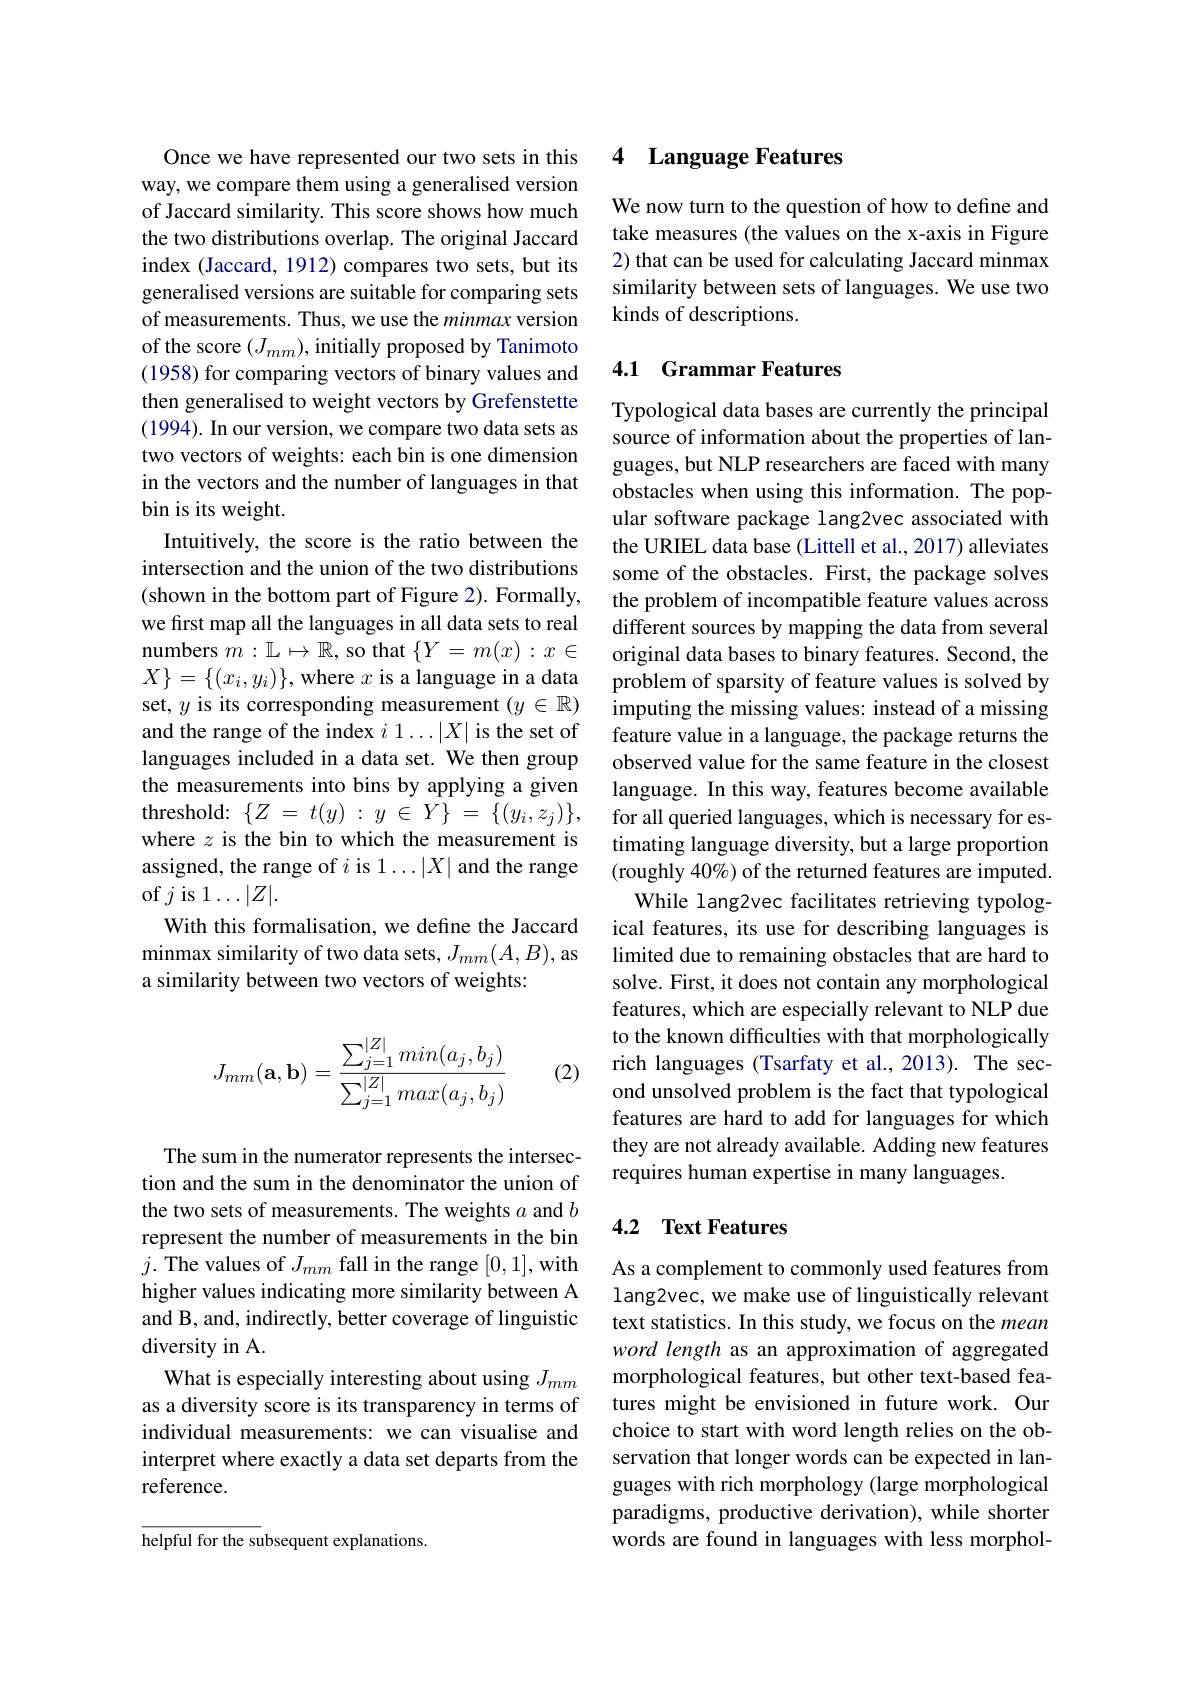
Once we have represented our two sets in this way, we compare them using a generalised version of Jaccard similarity. This score shows how much the two distributions overlap. The original Jaccard index (Jaccard, 1912) compares two sets, but its generalised versions are suitable for comparing sets of measurements. Thus, we use the minmax version of the score $(J_{mm})$, initially proposed by Tanimoto (1958) for comparing vectors of binary values and then generalised to weight vectors by Grefenstette (1994). In our version, we compare two data sets as two vectors of weights: each bin is one dimension in the vectors and the number of languages in that bin is its weight.
Intuitively, the score is the ratio between the intersection and the union of the two distributions (shown in the bottom part of Figure 2). Formally, we first map all the languages in all data sets to real ${\mathrm{numbers~}}m: \mathbb{L} \mapsto \mathbb{R} , {\mathrm{~so~that~}}\{ Y= m( x) : x\in$ $X\}=\{(x_i,y_i)\}$, where $x$ is a language in a data set, $y$ is its corresponding measurement $(y\in\mathbb{R})$ and the range of the index $i1\ldots|X|$ is the set of languages included in a data set. We then group the measurements into bins by applying a given threshold:$\{ Z$ = $t( y)$ : $y$ $\in$ $Y\}$ = $\{ ( y_{i}, z_{j}) \} $, where $z$ is the bin to which the measurement is assigned, the range of $i$ is 1...$|X|$ and the range of $j$ is 1$\ldots|Z|.$
With this formalisation, we define the Jaccard minmax similarity of two data sets, $J_mm(A,B)$, as a similarity between two vectors of weights:

(2)
$$J_{mm}(\mathbf{a},\mathbf{b})=\dfrac{\sum_{j=1}^{|Z|}min(a_j,b_j)}{\sum_{j=1}^{|Z|}max(a_j,b_j)}$$
The sum in the numerator represents the intersection and the sum in the denominator the union of the two sets of measurements. The weights $a$ and $b$ represent the number of measurements in the bin $j.$ The values of $J_mm$ fall in the range [0,1],with higher values indicating more similarity between A and B, and, indirectly, better coverage of linguistic diversity in A.
What is especially interesting about using $J_mm$ as a diversity score is its transparency in terms of individual measurements: we can visualise and interpret where exactly a data set departs from the reference.

helpful for the subsequent explanations

### 4 Language Features

We now turn to the question of how to define and take measures (the values on the x-axis in Figure 2) that can be used for calculating Jaccard minmax similarity between sets of languages. We use two kinds of descriptions.

### 4.1 Grammar Features

Typological data bases are currently the principal source of information about the properties of languages, but NLP researchers are faced with many obstacles when using this information. The popular software package lang2vec associated with the URIEL data base (Littell et al., 2017) alleviates some of the obstacles. First, the package solves the problem of incompatible feature values across different sources by mapping the data from several original data bases to binary features. Second, the problem of sparsity of feature values is solved by imputing the missing values: instead of a missing feature value in a language, the package returns the observed value for the same feature in the closest language. In this way, features become available for all queried languages, which is necessary for estimating language diversity, but a large proportion (roughly 40%) of the returned features are imputed. While lang2vec facilitates retrieving typolog-
ical features, its use for describing languages is limited due to remaining obstacles that are hard to solve. First, it does not contain any morphological features, which are especially relevant to NLP due to the known difficulties with that morphologically rich languages (Tsarfaty et al., 2013). The second unsolved problem is the fact that typological features are hard to add for languages for which they are not already available. Adding new features requires human expertise in many languages.

## 4.2 Text Features

As a complement to commonly used features from lang2vec, we make use of linguistically relevant text statistics. In this study, we focus on the mean word length as an approximation of aggregated morphological features, but other text-based features might be envisioned in future work. Our choice to start with word length relies on the observation that longer words can be expected in languages with rich morphology (large morphological paradigms, productive derivation), while shorter words are found in languages with less morphol-